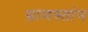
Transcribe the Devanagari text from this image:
ग्रामस्तांन